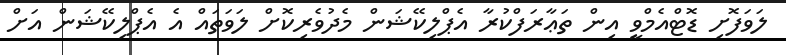
ލަވަފޮށި ޑޮޓްއެމްވީ އިން ތަޢާރަފްކުރާ އެޕްލިކޭޝަން މެދުވެރިކޮށް ލަވަތައް އެ އެޕްލިކޭޝަން އަށް